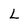
Character: L